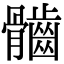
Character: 𩪲